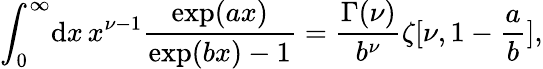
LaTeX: \int_{0}^{\infty}\! \mathrm{d}x\, x^{\nu-1}{\frac{{\exp(ax)}}{{\exp(bx)-1}}}={\frac{{\Gamma(\nu)}}{{b^{\nu}}}}\zeta[\nu,1-{\frac{{a}}{{b}}}],